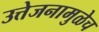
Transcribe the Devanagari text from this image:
उत्तेजनामुळेच